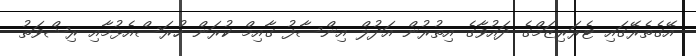
އޭގެތެރޭގައި ޓެރަރިޒަމްގެ ދައުވާގެ އިތުރުން އަދުލް އިންސާފު ގާއިމް ކުރަން ހުރަސްއެޅުމާއި ރިޝްވަތު